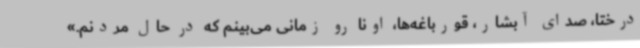
درختا، صدای آبشار، قورباغه‌ها، اونا رو زمانی می‌بینم که در حال مردنم.»